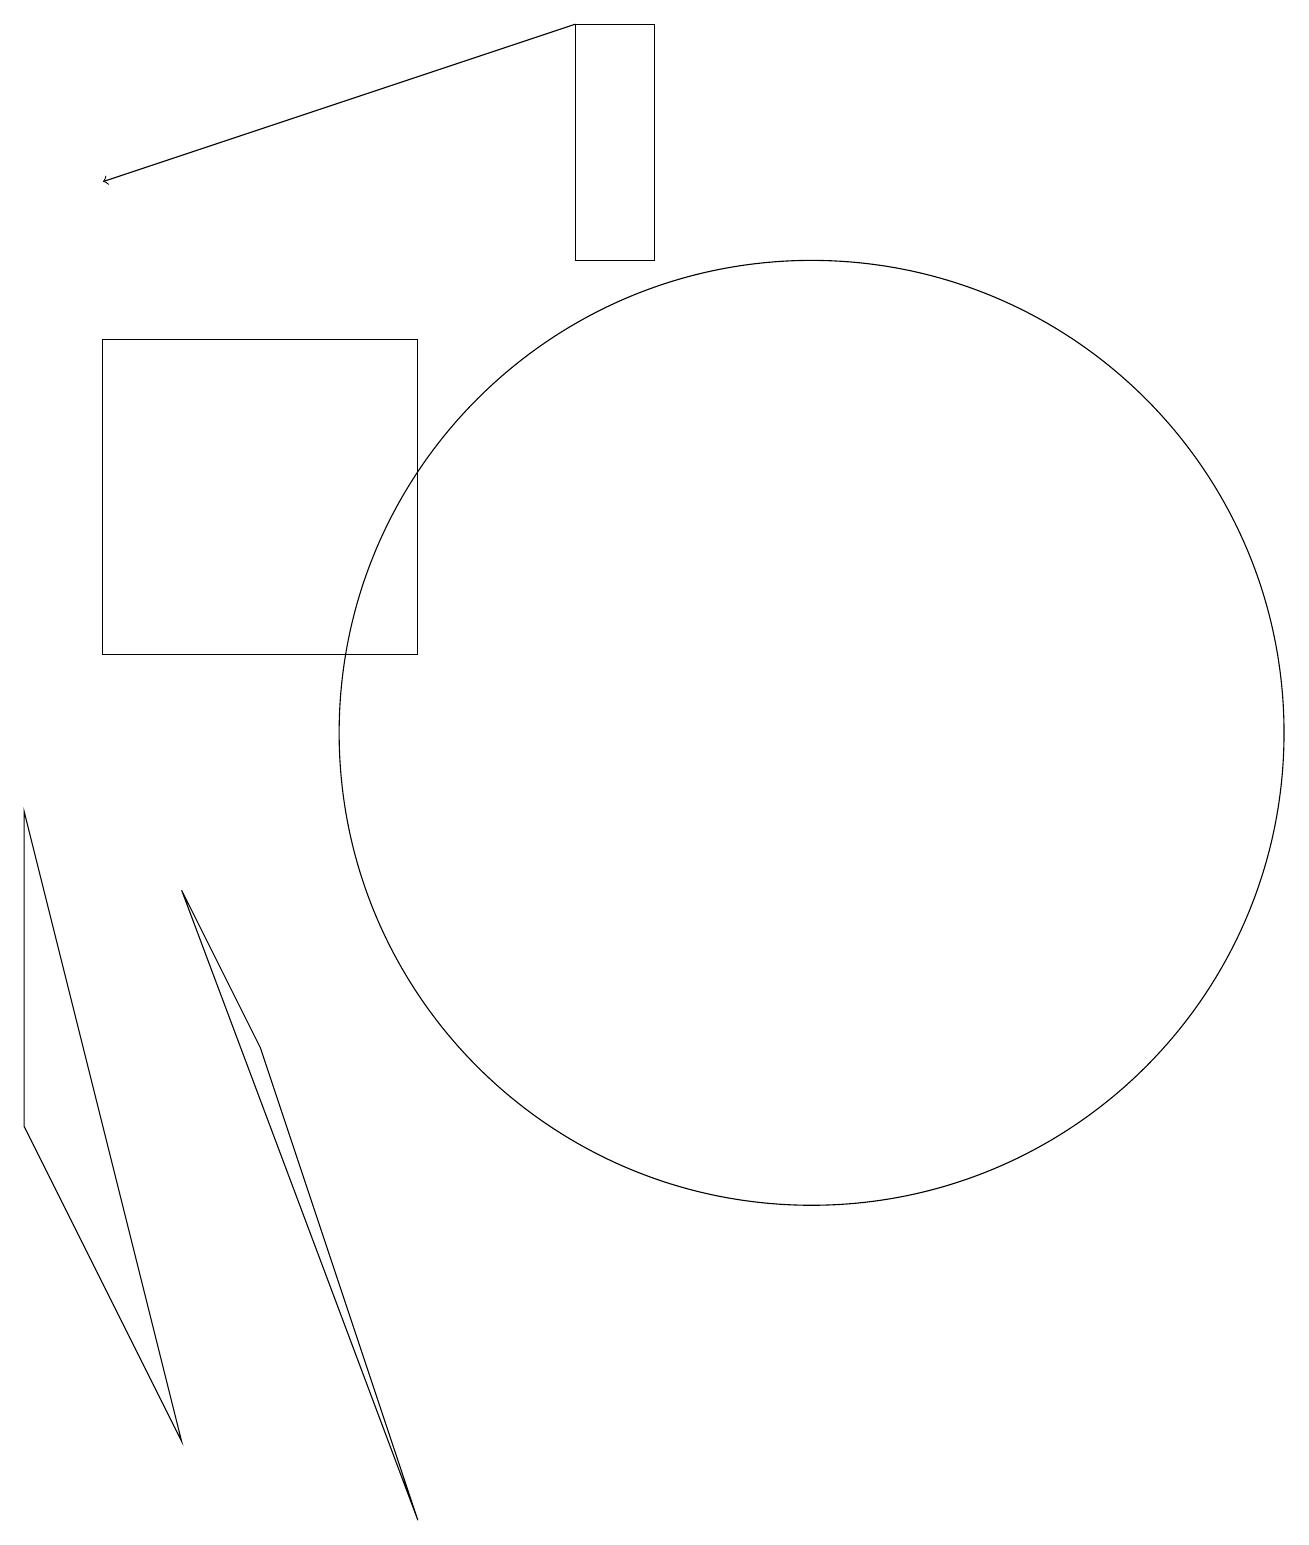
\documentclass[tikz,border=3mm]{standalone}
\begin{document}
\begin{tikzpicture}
\draw (4,6) -- (6,0) -- (3,8) -- cycle;
\draw (11,10) circle (6);
\draw[->] (8,19) -- (2,17);
\draw (1,5) -- (1,9) -- (3,1) -- cycle;
\draw (6,15) rectangle (2,11);
\draw (9,16) rectangle (8,19);
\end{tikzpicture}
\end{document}